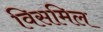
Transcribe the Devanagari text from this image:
विसमिल